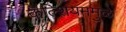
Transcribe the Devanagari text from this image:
कॅल्शियममुळे